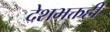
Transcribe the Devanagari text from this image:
देशभक्तही